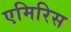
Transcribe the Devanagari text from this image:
एमिरिस